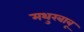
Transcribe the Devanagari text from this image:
मथुरबाबू